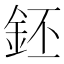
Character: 鉟